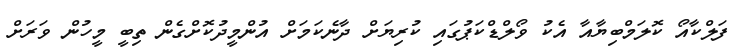
ފަލްކާއޯ ކޮލަމްބިޔާއާ އެކު ވޯލްޑްކަޕުގައި ކުރިޔަށް ދާނެކަމަށް އުންމީދުކޮށްގެން ތިބީ މީހުން ވަރަށް